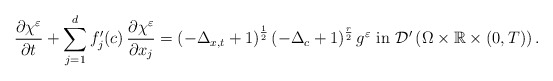
\begin{align*}\frac{\partial \chi^{\varepsilon}}{\partial t} +\displaystyle\sum_{j=1}^{d}f_{j}^{\prime}(c)\,\frac{\partial\chi^{\varepsilon}}{\partial x_{j}} =\left(-\Delta_{x,t} +1\right)^{\frac{1}{2}}\left(-\Delta_{c} +1\right)^{\frac{r}{2}}g^{\varepsilon} \,\,\mbox{in}\,\,\mathcal{D}^{\prime}\left(\Omega\times\mathbb{R}\times (0,T)\right).\end{align*}